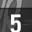
Digit: 5